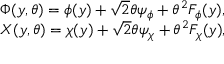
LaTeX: \begin{array} { l } { { \Phi ( y , \theta ) = \phi ( y ) + \sqrt { 2 } \theta \psi _ { \phi } + \theta ^ { 2 } F _ { \phi } ( y ) , } } \\ { { X ( y , \theta ) = \chi ( y ) + \sqrt { 2 } \theta \psi _ { \chi } + \theta ^ { 2 } F _ { \chi } ( y ) , } } \end{array}